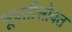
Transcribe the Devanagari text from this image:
भूपतीसोबत